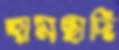
হামছাদি